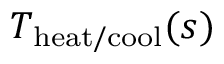
T _ { \mathrm { h e a t / c o o l } } ( s )